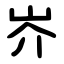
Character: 岕